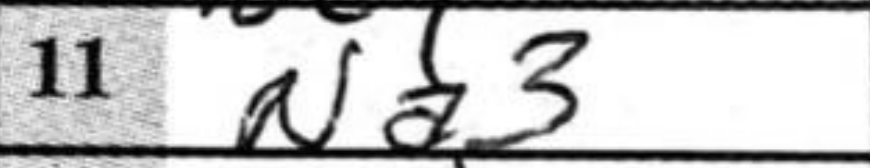
Transcription: Na3